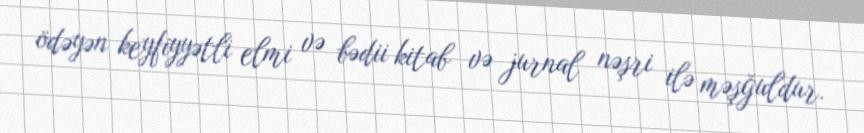
ödəyən keyfiyyətli elmi və bədii kitab və jurnal nəşri ilə məşğuldur.